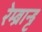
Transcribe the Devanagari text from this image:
रेम्ब्रान्ड्ट